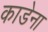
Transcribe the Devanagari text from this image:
काडेना